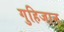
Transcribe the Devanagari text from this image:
गुहिजान